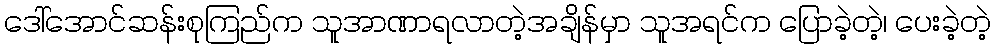
ဒေါ်အောင်ဆန်းစုကြည်က သူအာဏာရလာတဲ့အချိန်မှာ သူအရင်က ပြောခဲ့တဲ့၊ ပေးခဲ့တဲ့